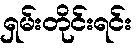
ရှမ်းတိုင်းရင်း